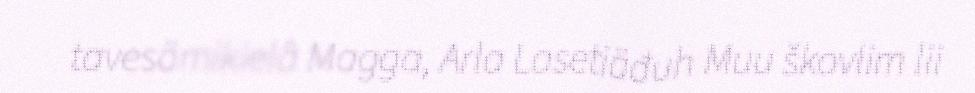
tavesämikielâ Magga, Arla Lasetiäđuh Muu škovlim lii